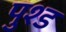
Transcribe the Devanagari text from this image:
पुश्ड